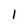
Character: l